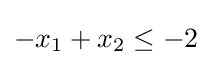
-x_{1}+x_{2}\leq -2